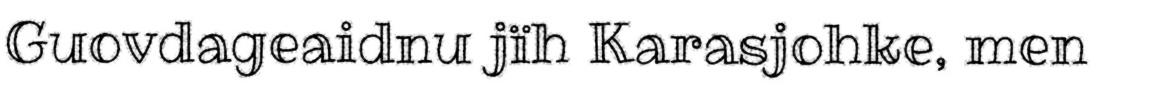
Guovdageaidnu jïh Karasjohke, men